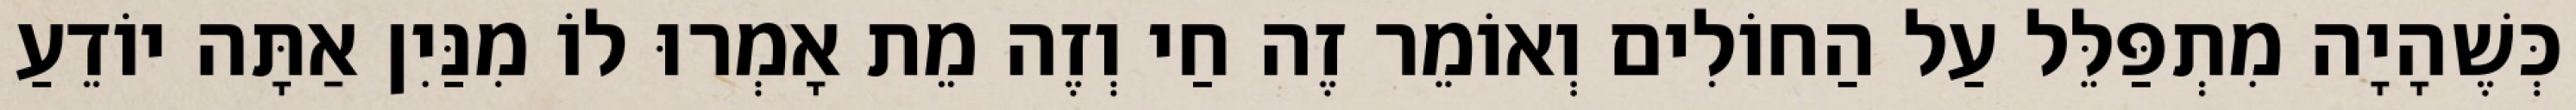
כְּשֶׁהָיָה מִתְפַּלֵּל עַל הַחוֹלִים וְאוֹמֵר זֶה חַי וְזֶה מֵת אָמְרוּ לוֹ מִנַּיִן אַתָּה יוֹדֵעַ